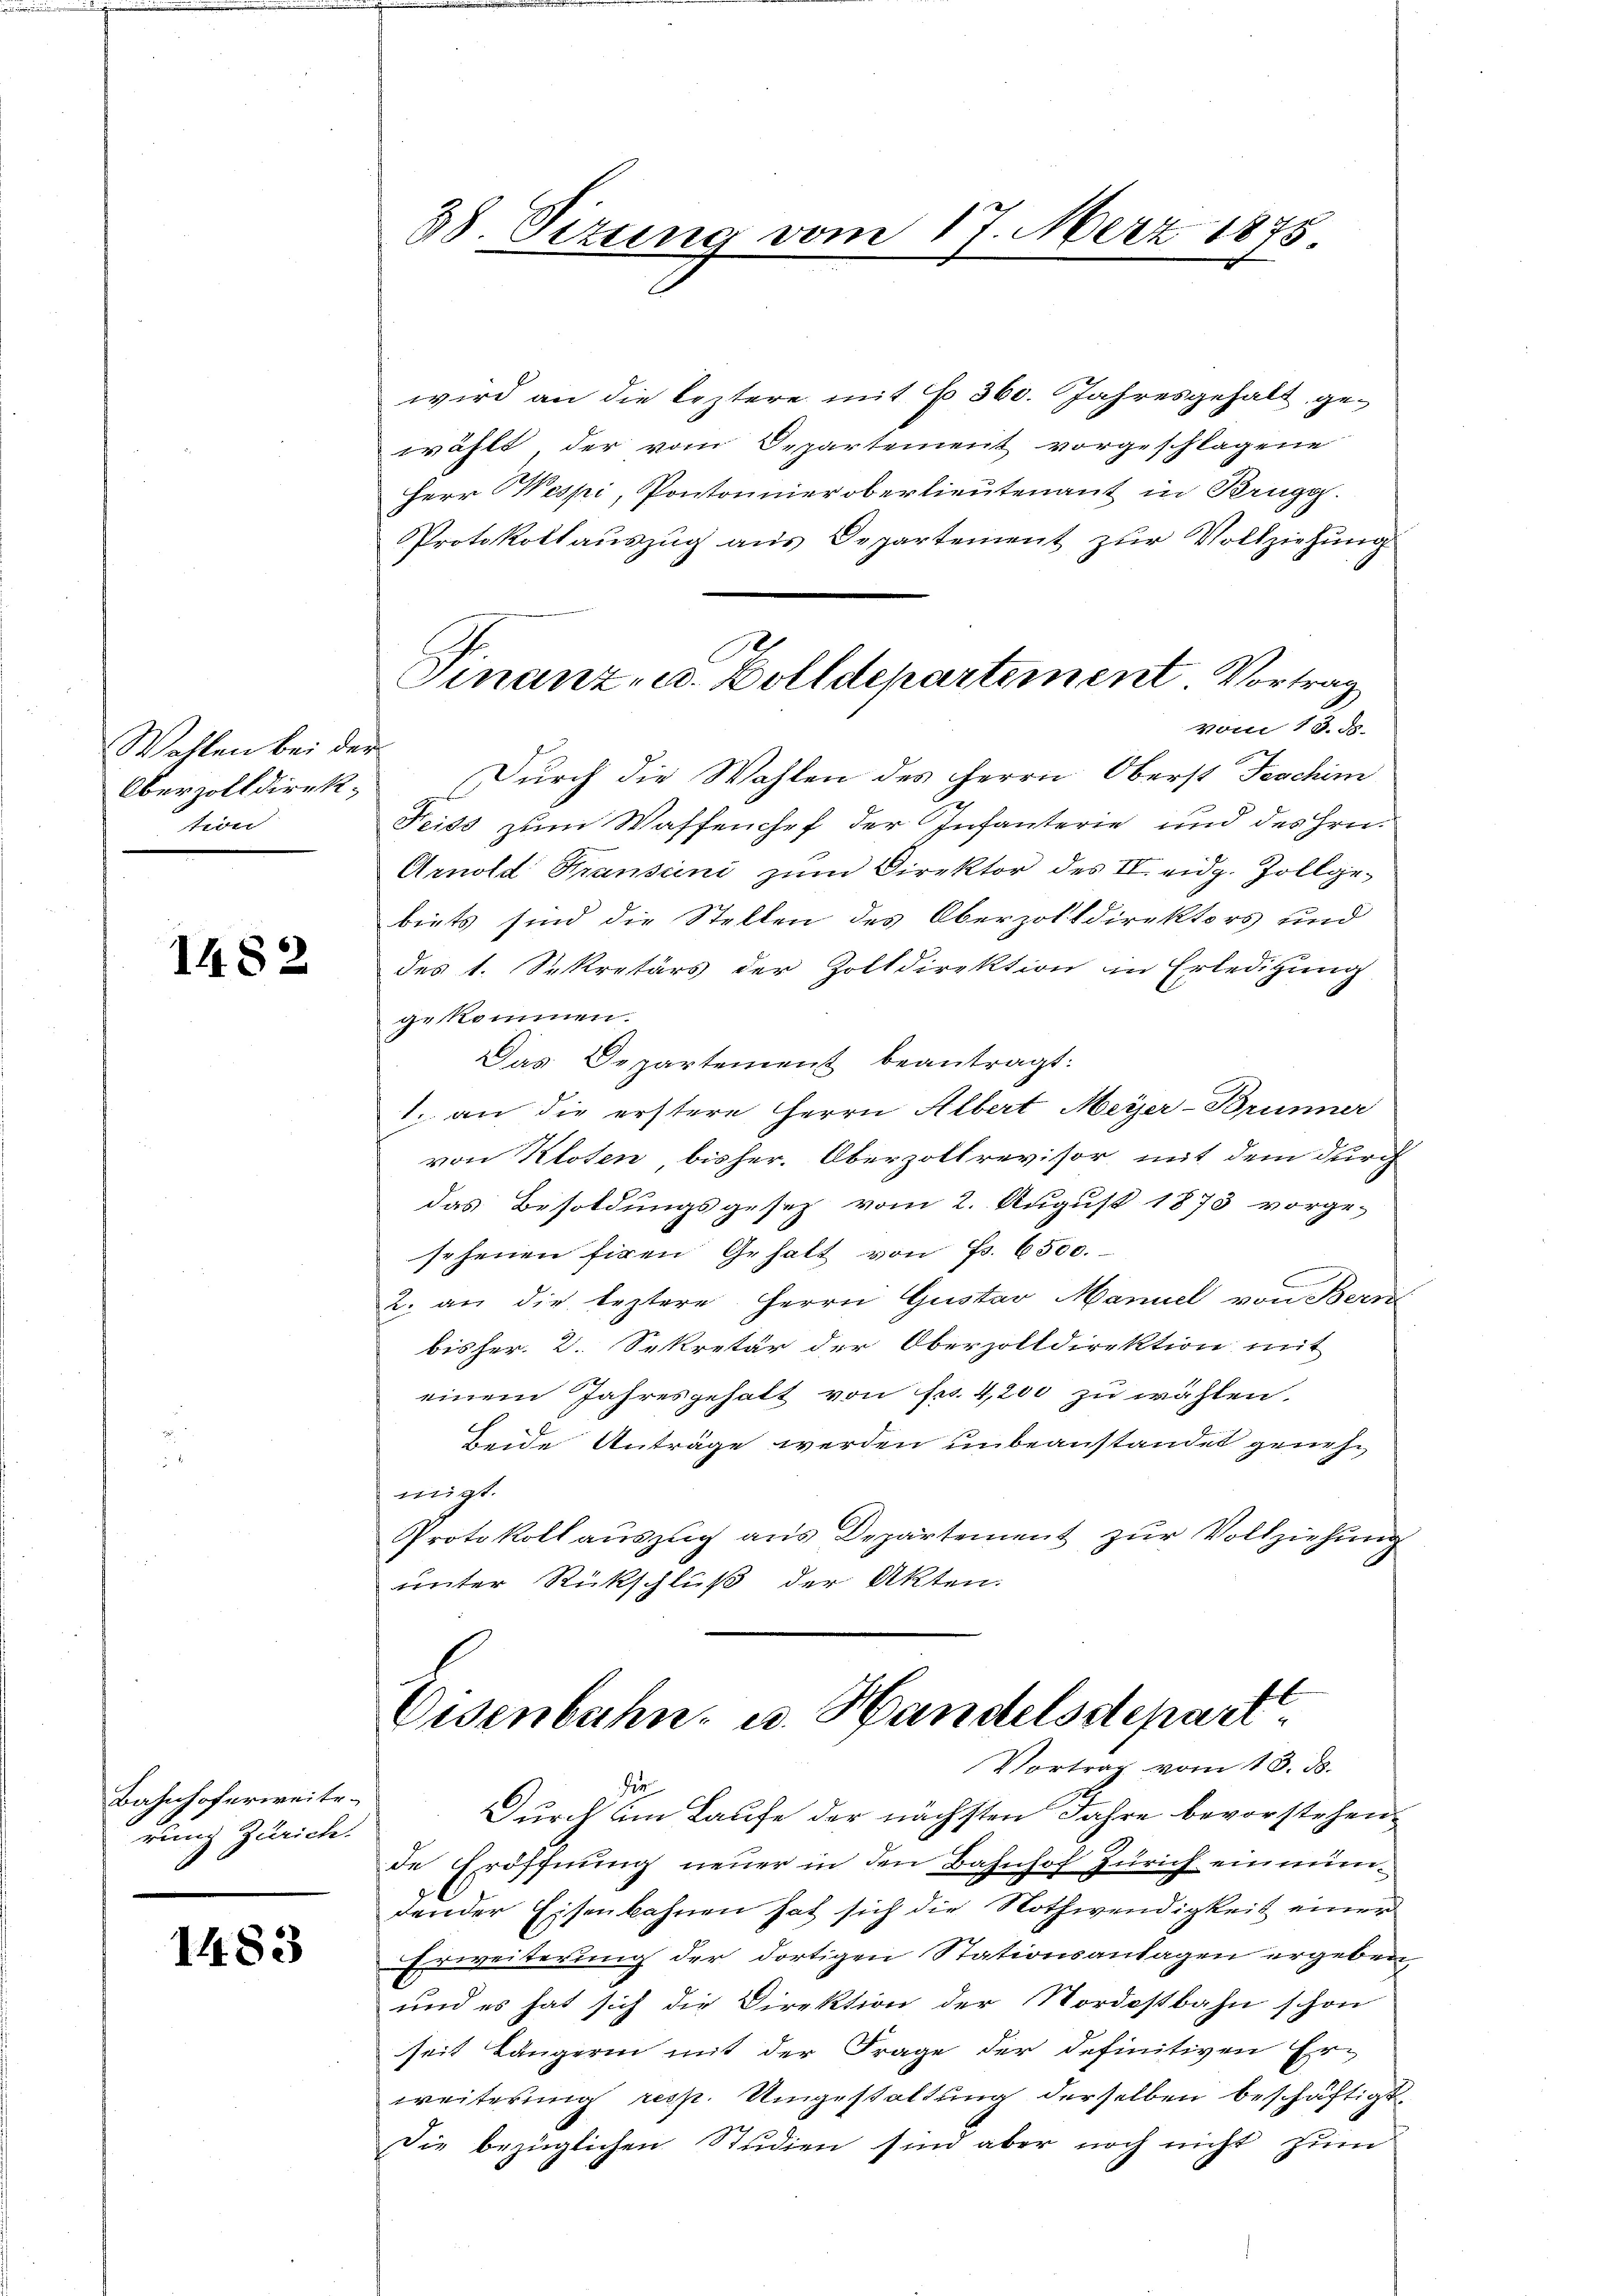
Wahlen bei der
Obervolldirektion

1482

Bahnhoferweite
rung Zürich.

1483

88. Sizung vom 17. März 1875

wird an die leztere mit No 360. Jahresgehalt gewählt, der vom Departement vorgeschlagene
Herr Wespi, Pontonnier oberlieutenant in Brugg.
Protokoll aŭszŭg aŭs Departement zŭr Vollziehung
Vom 13. d.
 Durch die Wahlen des Herrn Oberst Faschini
Feiss zum Waffenchef der Infanterie und des Hrn.
Arnold Fransini zum Direktor des II. eidg. Zollgebiets sind die Stellen des Oberzolldirektors und
des 1. Sekretärs der Zolldirektion in Erledigung
gekommen.
Das Departement beantragt:
1. an die erstere Herrn Albert Meyer-Brunner
von Kloten bisher. Oberzollrevisor, mit dem durch
das Besoldungsgesetz vom 2. August 1873 vorge-
sehenen Eigen Gehalt von Fr. 6500.
2. an die leztere Herrn Gustav Manuel von Bern
bisher. 2. Sekretär der Oberzolldirektion mit
einem Jahresgehalt von Fr. 4,200 zu wählen.
beide Anträge werden unbeanstandet genehmigt.
Protokoll aŭszŭg aŭs Departement zŭr Vollziehŭng
unter Rückschluß der Akten.
fl
Eisenbahn u. Handelsdepari¬
Vortrag vom 13. ds.
r
Durch im Laufe der nächsten Jahre bevorstehen,
de Eröffnung neuer in den Bahnhof Zürich einmündender Eisenbahnen hat sich die Nothwendigkeit einer
Erweiterung der dortigen Stationsanlagen ergeben,
und es hat sich die Direktion der Nordostbahn schon
seit Längerin mit der Frage der definitiven Erweiterung resp. Umgestaltung derselben beschäftigt.
Die bezüglichen Studien sind aber noch nicht zum

Finanz- u. Zolldepartement. Vortrag